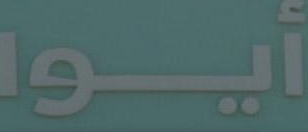
أيوا